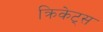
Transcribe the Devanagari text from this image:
क्रिकेट्स